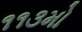
૧૧૩મો